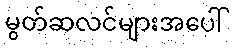
မွတ်ဆလင်များအပေါ်